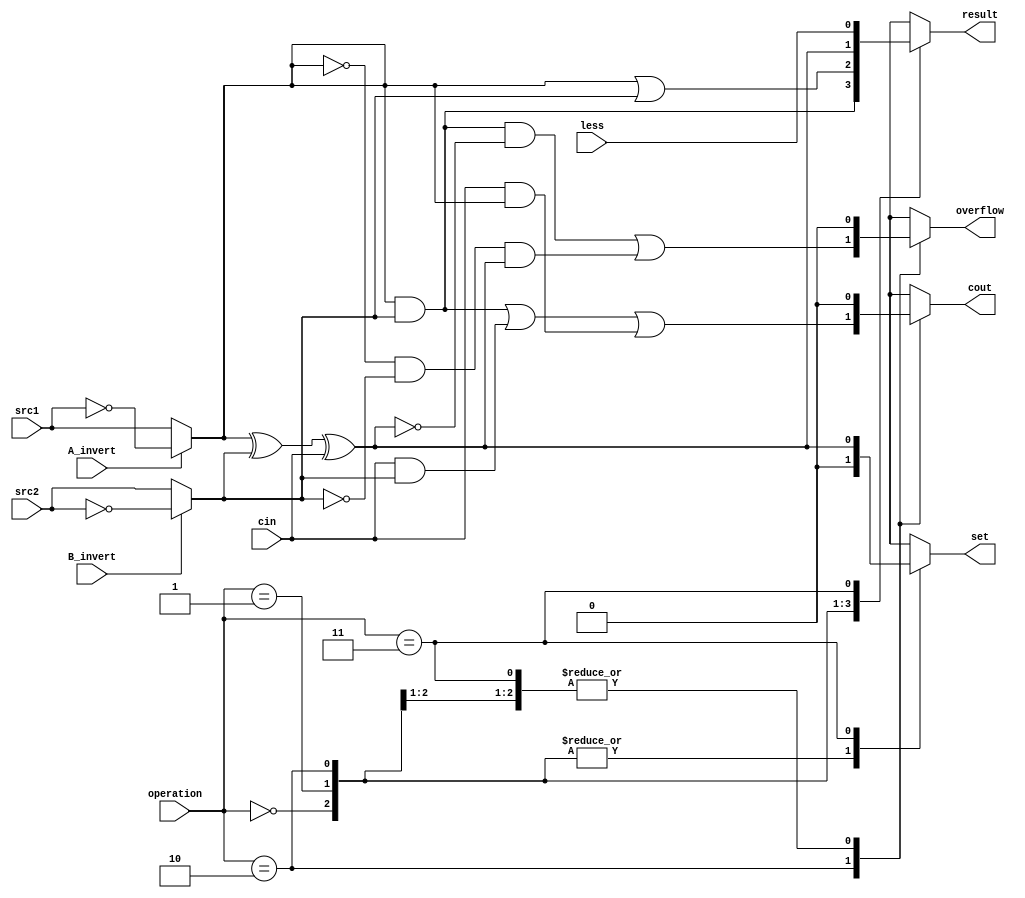
`timescale 1ns/1ps

//////////////////////////////////////////////////////////////////////////////////
// Company:
// Engineer:
//
// Design Name:
// Module Name:    alu_top
// Project Name:   Computer Arch
// Target Devices:
// Tool versions:
// Description:
//
// Dependencies:
//
// Revision:
// Revision 0.01 - File Created
// Additional Comments:
//
//////////////////////////////////////////////////////////////////////////////////

module alu_bot(
               src1,       //1 bit source 1 (input)
               src2,       //1 bit source 2 (input)
               less,       //1 bit less     (input)
               A_invert,   //1 bit A_invert (input)
               B_invert,   //1 bit B_invert (input)
               cin,        //1 bit carry in (input)
               operation,  //operation      (input)
               result,     //1 bit result   (output)
               cout,       //1 bit carry out(output)
               set,        //1 bit set      (output)
               overflow,   //1 bit overslow (output)
               );

input         src1;
input         src2;
input         less;
input         A_invert;
input         B_invert;
input         cin;
input [2-1:0] operation;

output        result;
output        cout;
output        set;
output        overflow;

reg           set;
reg           overflow;
reg           result;
reg           cout;
reg           A;
reg           B;
reg           o_and;
reg           o_or;
reg           o_sum;
reg           o_cout;

always @( A_invert or B_invert or src1 or src2)
begin
  if ( A_invert )
  begin
    A = ~src1;
  end
  else
  begin
    A = src1;
  end

  if ( B_invert )
  begin
    B = ~src2;
  end
  else
  begin
    B = src2;
  end
end

always @( A or B or cin)
begin
  o_and   <= A&B;
  o_or    <= A|B;
  o_cout  <= (A&B) | (cin&B) | (cin&A);
  o_sum   <= A ^ B ^ cin;
end

always @( o_and or o_or or o_sum or cout or operation )
begin
  case(operation)
    2'd0:
    begin
      result   <= o_and;
      cout     <= 0;
      overflow <= 0;
      set      <= 0;
    end
    2'd1:
    begin
      result   <= o_or;
      cout     <= 0;
      overflow <= 0;
      set      <= 0;
    end
    2'd2:
    begin
      result   <= o_sum;
      cout     <= o_cout;
      overflow <= ( A&B&~o_sum ) | (~A&~B&o_sum);
      set      <= 0;
    end
    2'd3:
    begin
      result   <= less;
      set      <= o_sum;
      cout     <= 0;
      overflow <= 0;
    end
  endcase
end

always @( A or B or cin or operation )
begin
  
end

endmodule